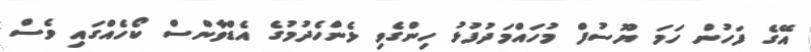
އޭގެ ފަހުން ހަމަ ޔޫސުފް މުހައްމަދުފުޅު ހިންގެވި ޅެންހެދުމުގެ އެޑްވާންސް ކޯހެއްގައި ވެސް